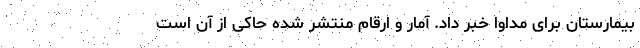
بیمارستان برای مداوا خبر داد. آمار و ارقام منتشر شده حاکی از آن است